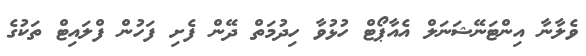
ވެލާނާ އިންޓަނޭޝަނަލް އެއާޕޯޓް ހުޅުވާ ހިދުމަތް ދޭން ފެށި ފަހުން ފްލައިޓް ތަކުގެ